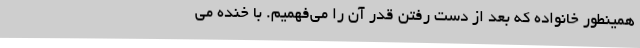
همینطور خانواده که بعد از دست رفتن قدر آن را می‌فهمیم. با خنده می